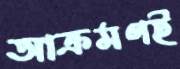
আক্রমণই